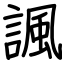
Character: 諷